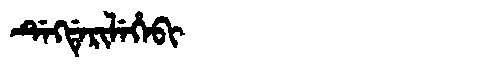
Manchu: ᡩᡝᡴᡩᡝᡵᡳᠯᡝᡥᡝᠪᡳ
Romanization: DEKDERILEHEBI